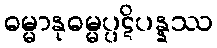
ဓမ္မာနုဓမ္မပ္ပဋိပန္နဿ